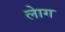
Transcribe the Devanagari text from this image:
लाेेग